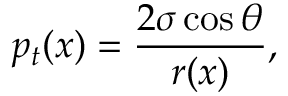
p _ { t } ( x ) = \frac { 2 \sigma \cos { \theta } } { r ( x ) } ,